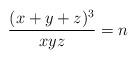
LaTeX: \begin{align*}\frac{(x+y+z)^3}{xyz}=n\end{align*}